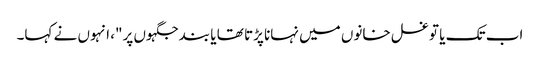
اب تک یا تو غسل خانوں میں نہانا پڑتا تھا یا بند جگہوں پر"، انہوں نے کہا۔